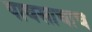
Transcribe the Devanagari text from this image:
पावसाचाच